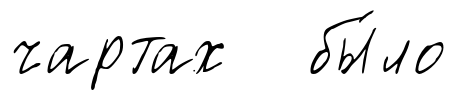
чартах бы́ло